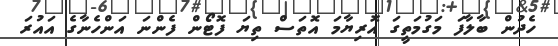
ހެދުން ބާލާފަ މަގުމަތީގަ އޮރިޔާމަ އޮތަސް ތިޔަ ފޮޓޯން ފެންނަ އަންހެނާގެ އައުރަ